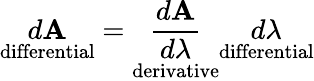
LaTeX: {\underset{\mathrm{differential}}{d\mathbf{A}}}={\underset{\mathrm{derivative}}{\frac{d\mathbf{A}}{d\lambda}}}{\underset{\mathrm{differential}}{d\lambda}}